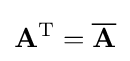
\mathbf {A} ^{\text{T}}={\overline {\mathbf {A} }}